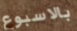
بالاسبوع